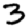
Digit: 3